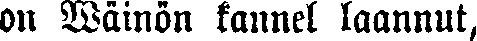
on Väinön kannel laannut,